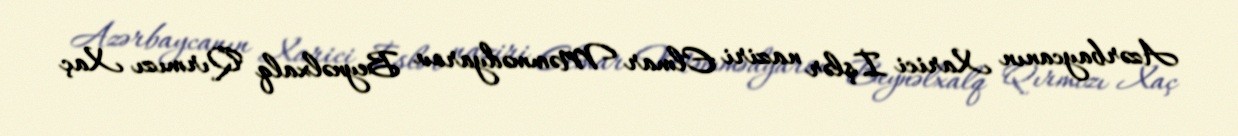
Azərbaycanın Xarici İşlər naziri Elmar Məmmədyarov Beynəlxalq Qırmızı Xaç